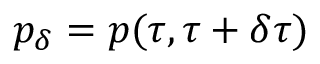
p _ { \delta } = p ( \tau , \tau + \delta \tau )